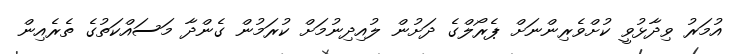
އުމަރު ވިދާޅުވީ ކުށްވެރިންނަށް ޕެރޯލްގެ ދަށުން ލުއިދިނުމަށް ކުރަމުން ގެންދާ މަސައްކަތުގެ ތެރެއިން